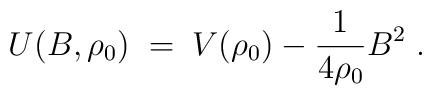
U(B,\rho_0) \;=\; V(\rho_0) - \frac{1}{4 \rho_0} B^2 \;.